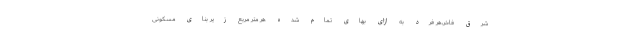
شرق فاخر،هر فرد به ازای بهای تمام شده هر متر مربع زیر بنای مسکونی